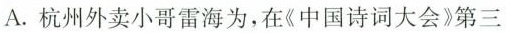
A.杭州外卖小哥雷海为，在《中国诗词大会》第三